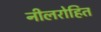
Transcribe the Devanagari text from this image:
नीलरोहित